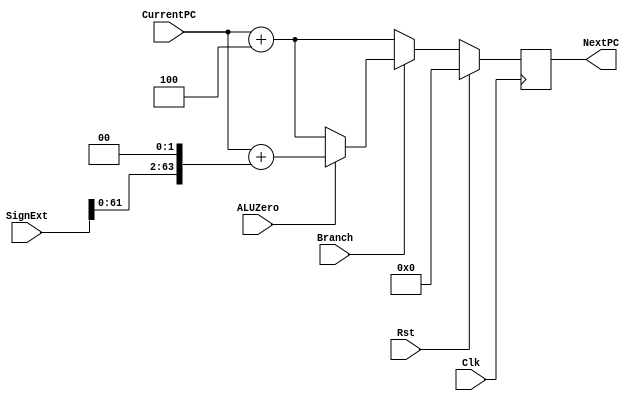
/*
 *  Module: ProgramCounter
 *  onthoud het adres voor de huidige instructie en gaat erna verder naar de volgende
 *  instructie voor uit te voeren. Deze moet gekoppeld met een ALU die alleen de ADD instructie doet.
 *
 */

module ProgramCounter (NextPC, CurrentPC, SignExt, Branch, ALUZero, Clk, Rst);

input [63:0] CurrentPC;
input [63:0] SignExt;  

input Rst;
input Clk;         
input Branch;
input ALUZero;

output reg [63:0] NextPC;

always @ (posedge Clk)
begin
    if(Rst == 1)                                //Als reset HIGH is dan reset PC
        NextPC <= 0;
    else if (Branch)				//Als CBZ (compare and branche on zero) dan pc + 1 met signext Binary shift left
    begin			    
	 if(ALUZero)       
        	NextPC = CurrentPC + (SignExt << 2);
    	 else
		NextPC = CurrentPC + 4;
    end
    else
        NextPC <= CurrentPC + 4;
end
endmodule